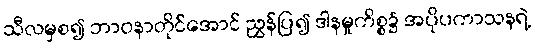
သီလမှစ၍ ဘာဝနာတိုင်အောင် ညွှန်ပြ၍ ဒါနမှုကိစ္စ၌ အပိုပကာသနရဲ့